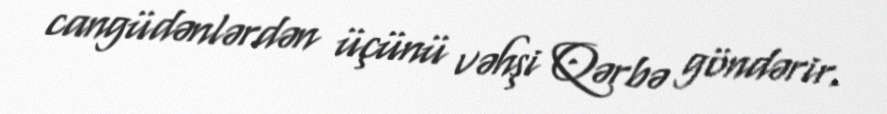
cangüdənlərdən üçünü vəhşi Qərbə göndərir.